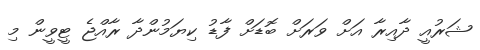
ޝަރުއީ ދާއިރާ އަށް ވަރަށް ބޮޑަށް ފާޑު ކިޔަމުންދާ ރާއްޖެ ޓީވީން މި